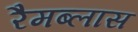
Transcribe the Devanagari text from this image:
रैमब्लास